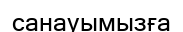
санауымызға